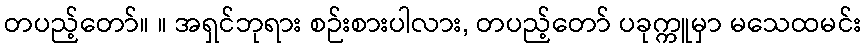
တပည့်တော်။ ။ အရှင်ဘုရား စဉ်းစားပါလား, တပည့်တော် ပခုက္ကူမှာ မသေထမင်း